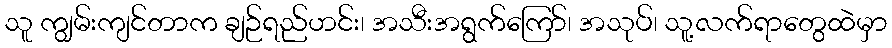
သူ ကျွမ်းကျင်တာက ချဉ်ရည်ဟင်း၊ အသီးအရွက်ကြော်၊ အသုပ်၊ သူ့လက်ရာတွေထဲမှာ